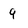
Character: 9